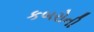
કબરોની